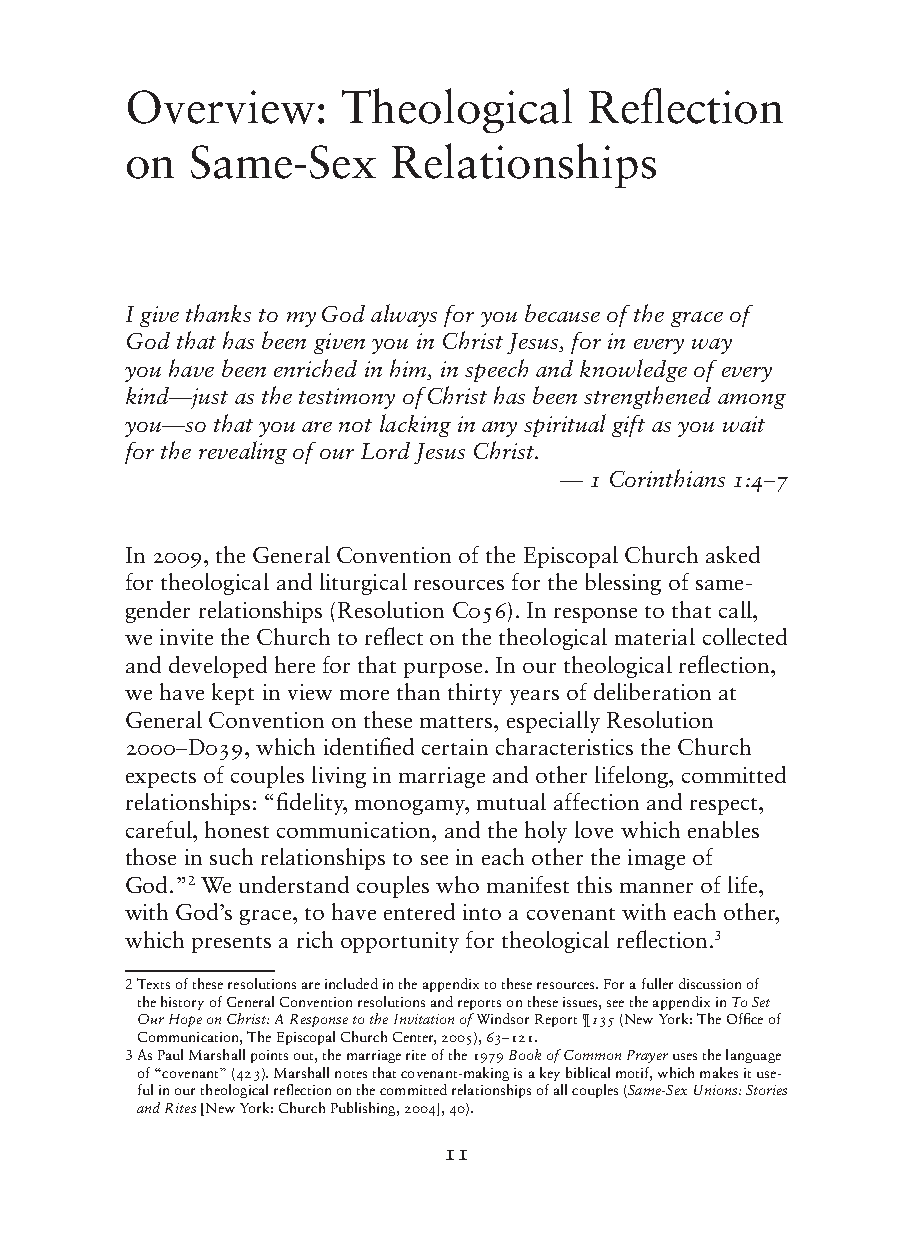
Overview:      Theological     Reflection
 on  Same-Sex      Relationships
 I give thanks to my God always for you because of the grace of
 God that has been given you in Christ Jesus, for in every way
 you have been enriched in him, in speech and knowledge of every
 kind—just as the testimony of Christ has been strengthened among
 you—so that you are not lacking in any spiritual gift as you wait
 for the revealing of our Lord Jesus Christ.
 — 1 Corinthians 1:4–7
 In 2009, the General Convention of the Episcopal Church asked
 for theological and liturgical resources for the blessing of same-
 gender relationships (Resolution C056). In response to that call,
 we invite the Church to reflect on the theological material collected
 and developed here for that purpose. In our theological reflection,
 we have kept in view more than thirty years of deliberation at
 General Convention on these matters, especially Resolution
 2000–D039, which identified certain characteristics the Church
 expects of couples living in marriage and other lifelong, committed
 relationships: “fidelity, monogamy, mutual affection and respect,
 careful, honest communication, and the holy love which enables
 those in such relationships to see in each other the image of
 God.”2 We understand couples who manifest this manner of life,
 with God’s grace, to have entered into a covenant with each other,
 which presents a rich opportunity for theological reflection.3
 2 Texts of these resolutions are included in the appendix to these resources. For a fuller discussion of
 the history of General Convention resolutions and reports on these issues, see the appendix in To Set
 Our Hope on Christ: A Response to the Invitation of Windsor Report ¶135 (New York: The Office of
 Communication, The Episcopal Church Center, 2005), 63–121.
 3 As Paul Marshall points out, the marriage rite of the 1979 Book of Common Prayer uses the language
 of “covenant” (423). Marshall notes that covenant-making is a key biblical motif, which makes it use-
 ful in our theological reflection on the committed relationships of all couples (Same-Sex Unions: Stories
 and Rites [New York: Church Publishing, 2004], 40).
 11